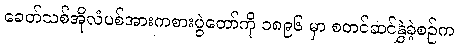
ခေတ်သစ်အိုလံပစ်အားကစားပွဲတော်ကို ၁၈၉၆ မှာ စတင်ဆင်နွှဲခဲ့စဉ်က